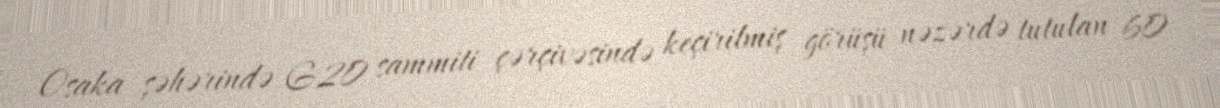
Osaka şəhərində G20 sammiti çərçivəsində keçirilmiş görüşü nəzərdə tutulan 60